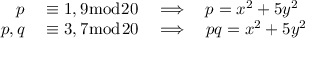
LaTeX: \begin{array} { r l } { p } & { { } \equiv 1 , 9 { \bmod { 2 0 } } \quad \Longrightarrow \quad p = x ^ { 2 } + 5 y ^ { 2 } } \\ { p , q } & { { } \equiv 3 , 7 { \bmod { 2 0 } } \quad \Longrightarrow \quad p q = x ^ { 2 } + 5 y ^ { 2 } } \end{array}